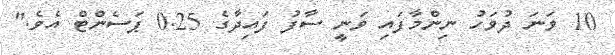
10 ވަނަ ދުވަހު ނިންމާފައި ވަނީ ސާފު ފައިދާގެ 0.25 ޕަސެންޓް އެވެ."